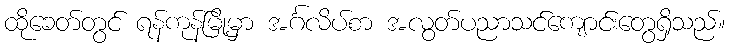
ထိုခေတ်တွင် ရန်ကုန်မြို့မှာ အင်္ဂလိပ်စာ အလွတ်ပညာသင်ကျောင်းတွေရှိသည်။